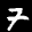
Label: 7